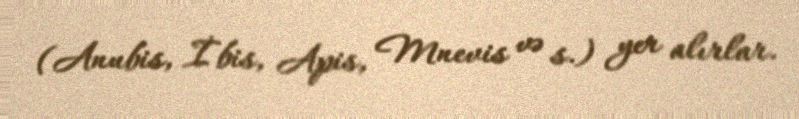
(Anubis, İbis, Apis, Mnevis və s.) yer alırlar.